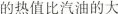
的热值比汽油的大